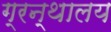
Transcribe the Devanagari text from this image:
ग्रन्‍थालय